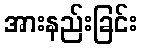
အားနည်းခြင်း